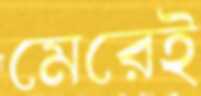
মেরেই